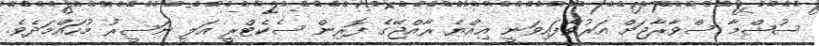
ސުޝްމާ ސްވާރާޖަށް އަރުވާފައިވަނީ އިއްޔެ ރާއްޖޭގެ ފޮރިން ސެކެޓްރީ އަލީ ނަސީރު މުހައްމަދެވެ.